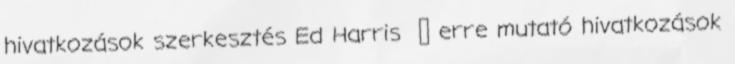
hivatkozások szerkesztés Ed Harris ‎ ← erre mutató hivatkozások